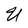
Character: U